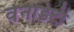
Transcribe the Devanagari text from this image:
वेनडिटी